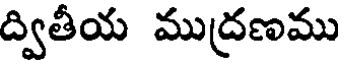
ద్వితీయ ముద్రణము